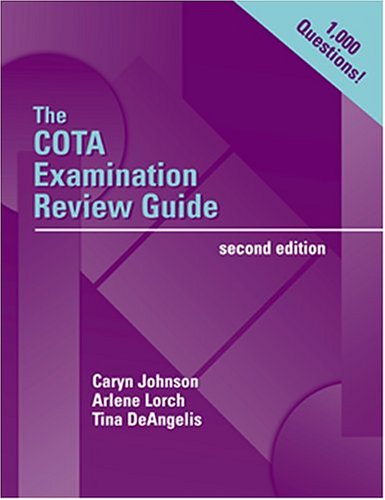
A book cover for The COTA Examination Review Guide (Book with CD-ROM); Caryn R. Johnson MS  OTR/L  FAOTA; Test Preparation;